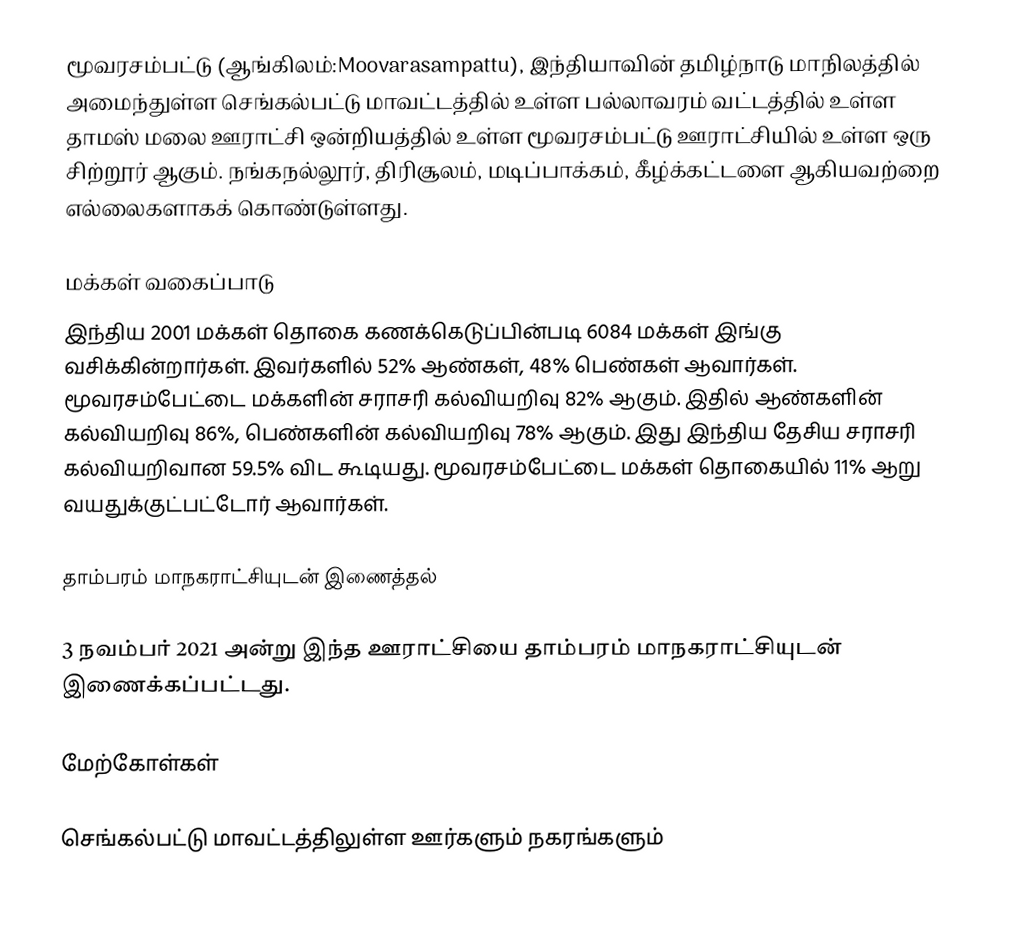
மூவரசம்பட்டு (ஆங்கிலம்:Moovarasampattu), இந்தியாவின் தமிழ்நாடு மாநிலத்தில் அமைந்துள்ள செங்கல்பட்டு மாவட்டத்தில் உள்ள பல்லாவரம் வட்டத்தில் உள்ள தாமஸ் மலை ஊராட்சி ஒன்றியத்தில் உள்ள மூவரசம்பட்டு ஊராட்சியில் உள்ள ஒரு சிற்றூர் ஆகும். நங்கநல்லூர், திரிசூலம், மடிப்பாக்கம், கீழ்க்கட்டளை ஆகியவற்றை எல்லைகளாகக் கொண்டுள்ளது.

மக்கள் வகைப்பாடு
இந்திய 2001 மக்கள் தொகை கணக்கெடுப்பின்படி 6084 மக்கள் இங்கு வசிக்கின்றார்கள். இவர்களில் 52% ஆண்கள், 48% பெண்கள் ஆவார்கள். மூவரசம்பேட்டை மக்களின் சராசரி கல்வியறிவு 82% ஆகும். இதில் ஆண்களின் கல்வியறிவு 86%,  பெண்களின் கல்வியறிவு 78% ஆகும். இது இந்திய தேசிய சராசரி கல்வியறிவான 59.5% விட கூடியது. மூவரசம்பேட்டை மக்கள் தொகையில் 11%  ஆறு வயதுக்குட்பட்டோர் ஆவார்கள்.

தாம்பரம் மாநகராட்சியுடன் இணைத்தல்

3 நவம்பர் 2021 அன்று இந்த ஊராட்சியை  தாம்பரம் மாநகராட்சியுடன் இணைக்கப்பட்டது.

மேற்கோள்கள்

செங்கல்பட்டு மாவட்டத்திலுள்ள ஊர்களும் நகரங்களும்